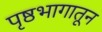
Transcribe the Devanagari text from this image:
पृष्ठभागातून